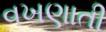
વખણાતી